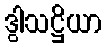
ဒွါသဋ္ဌိယာ